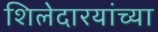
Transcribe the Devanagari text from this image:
शिलेदारयांच्या